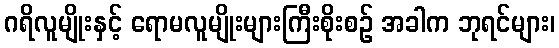
ဂရိလူမျိုးနှင့် ရောမလူမျိုးများကြီးစိုးစဉ် အခါက ဘုရင်များ၊